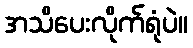
အသိပေးလိုက်ရုံပဲ။